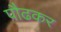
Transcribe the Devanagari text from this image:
पौढकर